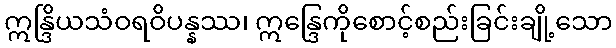
ဣန္ဒြိယသံဝရဝိပန္နဿ၊ ဣန္ဒြေကိုစောင့်စည်းခြင်းချို့သော